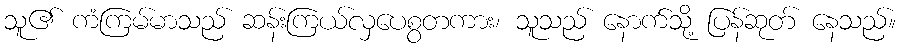
သူ၏ ကံကြမ်မာသည် ဆန်းကြယ်လှပေစွတကား၊ သူသည် နောက်သို့ ပြန်ဆုတ် နေသည်။